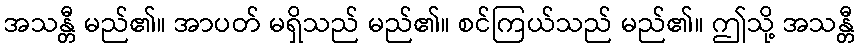
အသန္တီ မည်၏။ အာပတ် မရှိသည် မည်၏။ စင်ကြယ်သည် မည်၏။ ဤသို့ အသန္တီ